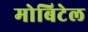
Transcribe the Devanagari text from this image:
मोबिटेल